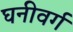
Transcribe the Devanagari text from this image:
घनीवर्ग